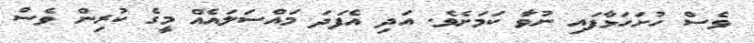
ވެސް ހުށަހަޅާފައި ނުވާ ކަމަށެވެ. އަދި އެފަދަ މައްސަލައެއް މީގެ ކުރިން ވެސް